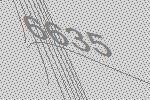
6635